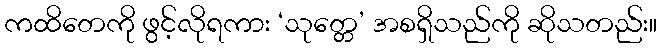
ကထိတေကို ဖွင့်လိုရကား ‘သုတ္တေ’ အစရှိသည်ကို ဆိုသတည်း။